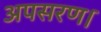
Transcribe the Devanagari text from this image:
अपसरण।